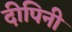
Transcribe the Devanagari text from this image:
दीपिनी